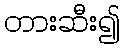
တားဆီး၍